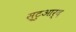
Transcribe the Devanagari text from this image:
स्टुआर्द